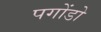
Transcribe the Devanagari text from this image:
पगोंडो